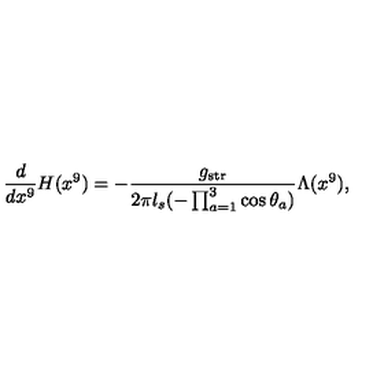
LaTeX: \frac { d } { d x ^ { 9 } } H ( x ^ { 9 } ) = - \frac { g _ { \mathrm { s t r } } } { 2 \pi l _ { s } ( - \prod _ { a = 1 } ^ { 3 } \cos \theta _ { a } ) } \Lambda ( x ^ { 9 } ) ,